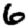
Digit: 6